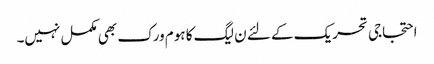
احتجاجی تحریک کے لئے ن لیگ کا ہوم ورک بھی مکمل نہیں۔